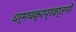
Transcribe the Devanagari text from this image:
धर्मचक्रप्रवर्तनों